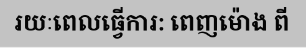
រយៈពេលធ្វើការ: ពេញម៉ោង ពី